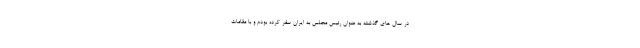
در سال های گذشته به عنوان رئیس مجلس به ایران سفر کرده بودم و با مقامات